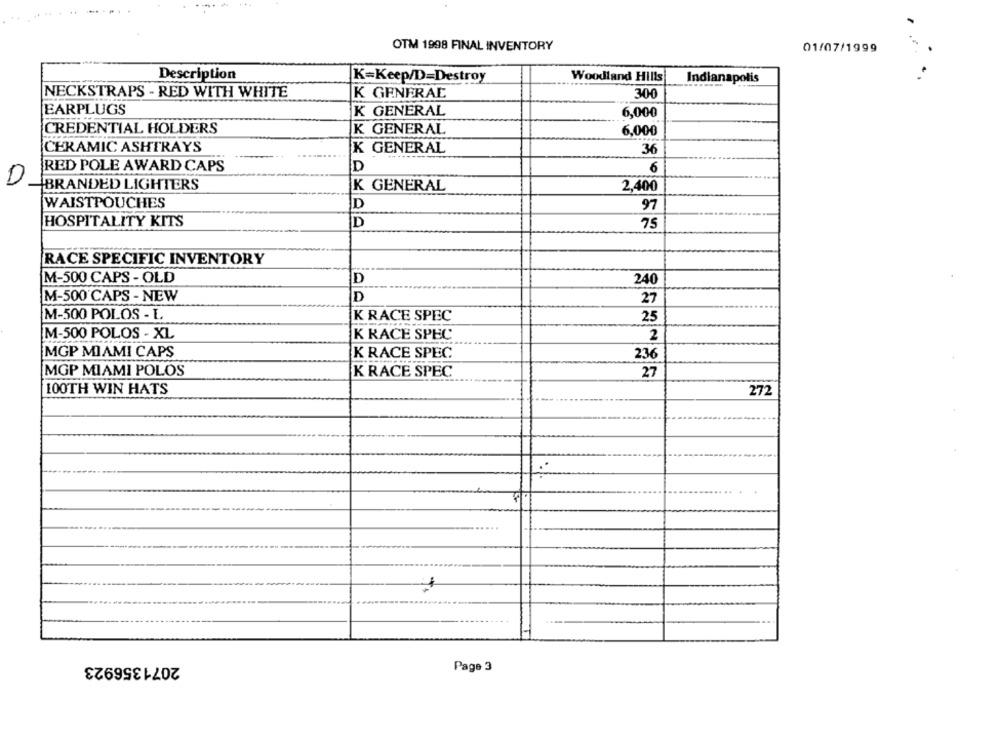
OTM 1998 FINAL INVENTORY
01/07/1999
Description
K=Keep/D=Destroy
Woodland Hills
Indianapolis
NECKSTRAPS - RED WITH WHITE
K GENERAL
300
EARPLUGS
K GENERAL
6,000
CREDENTIAL HOLDERS
K GENERAL
6,000
CERAMIC ASHTRAYS
36
K GENERAL
RED POLE AWARD CAPS
D
6
D
BRANDED LIGHTERS
K GENERAL
2.400
WAISTPOUCHES
D
97
HOSPITALITY KITS
D
75
RACE SPECIFIC INVENTORY
M-500 CAPS - OLD
D
240
M-500'CAPS - NEW
D
27
M-500 POLOS - L
K RACE SPEC
25
M-500 POLOS - XL
K RACE SPEC
2
MGP MIAMI CAPS
K RACE SPEC
236
MGP MIAMI POLOS
K RACE SPEC
27
100TH WIN HATS
272
2071356923
Page 3